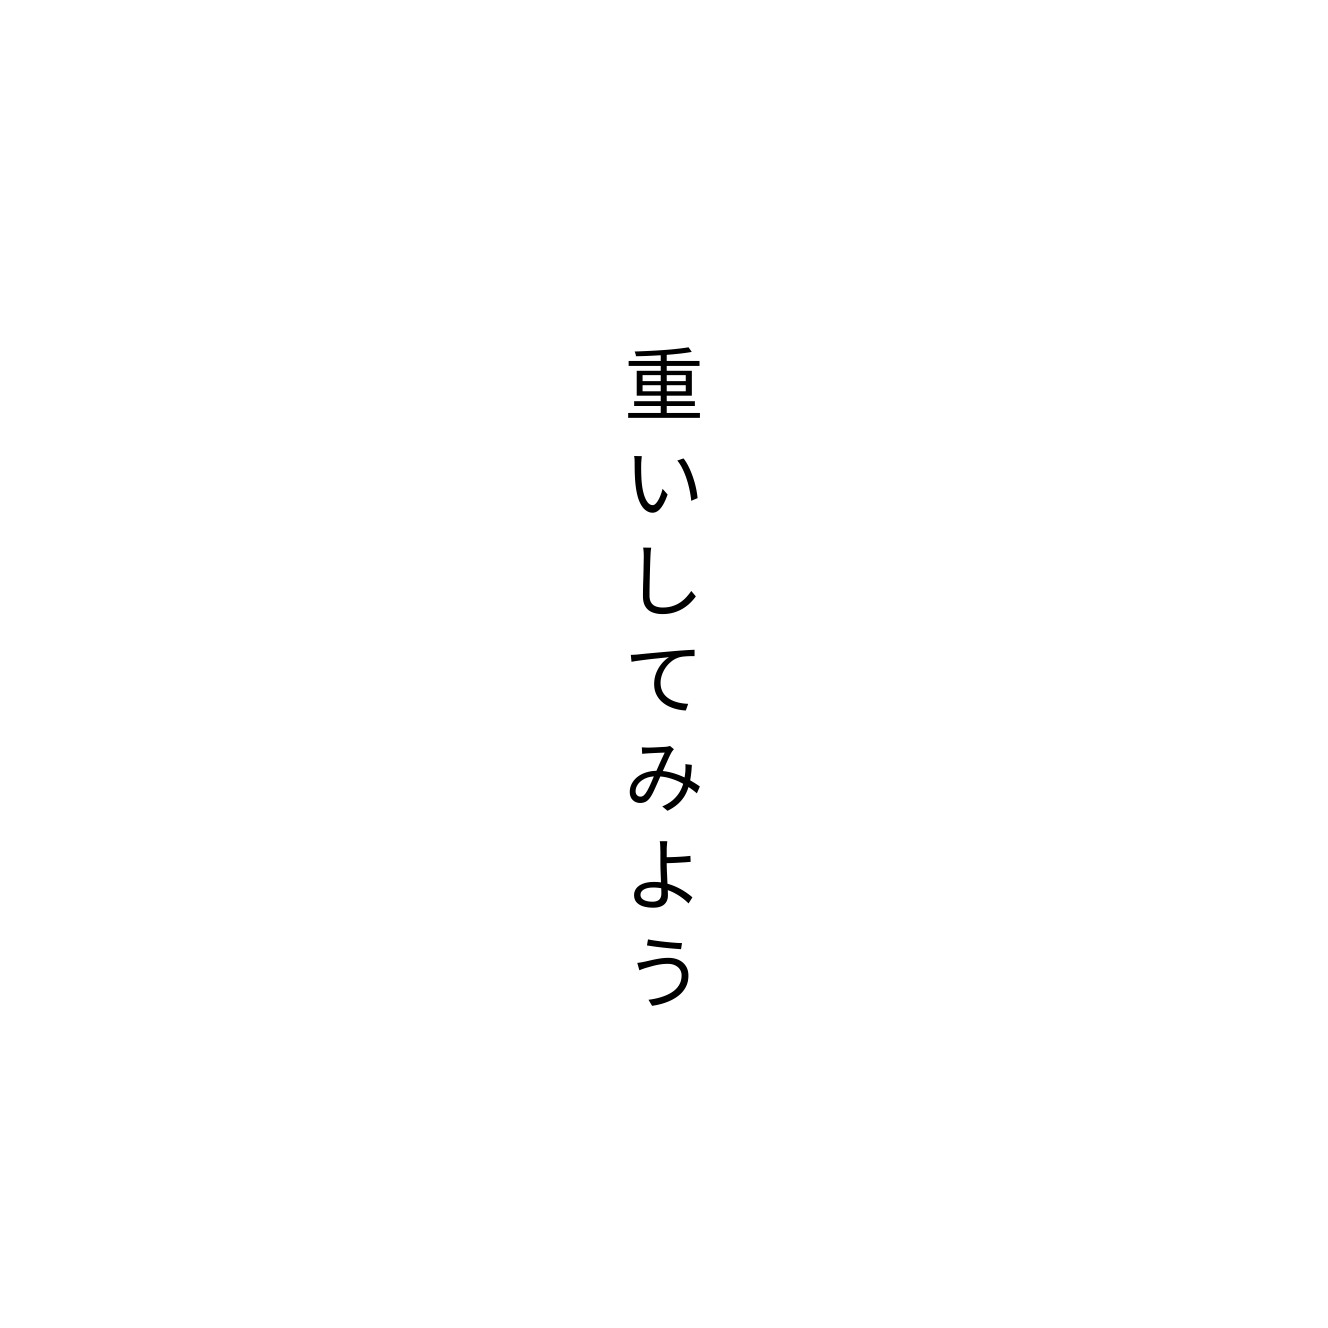
重いしてみよう